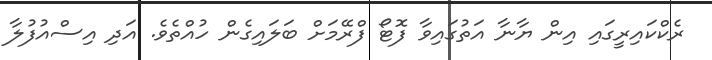
ރެކްކައިރީގައި އިން ޔާނާ އަތުގައިވާ ފޮޓޯ ފްރޭމަށް ބަލައިގެން ހުއްތެވެ. އަދި އިސްއުފުލާ